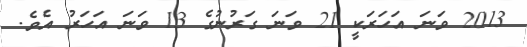
2013 ވަނަ އަހަރަކީ 21 ވަނަ ގަރުނުގެ 13 ވަނަ އަހަރު އެވެ.